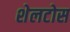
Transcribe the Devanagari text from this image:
शेलटोस